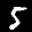
Label: 5